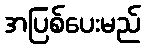
အပြစ်ပေးမည်